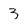
Character: 3